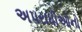
અપરાધીઓનો